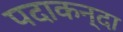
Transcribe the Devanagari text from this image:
पदाकन्दा